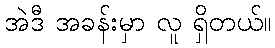
အဲဒီ အခန်းမှာ လူ ရှိတယ်။